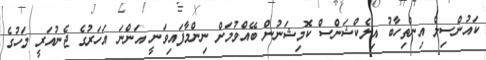
ކައުންސިލް އިންތިހާބު އިލެކްޝަންސް ކޮމިޝަނުން ބޭއްވުމަށް ނިންމާފައިވަނީ އަންނަ އަހަރުގެ ޖެނުއަރީ މަހުގެ